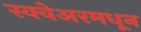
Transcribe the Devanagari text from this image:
स्क्वेअरमधून